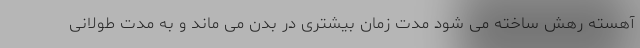
آهسته رهش ساخته می شود مدت زمان بیشتری در بدن می ماند و به مدت طولانی